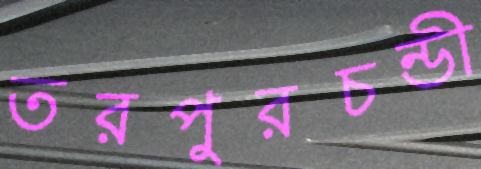
তরপুরচন্ডী